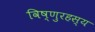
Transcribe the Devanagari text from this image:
विष्णुरहस्य